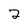
Character: 2